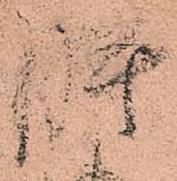
肝